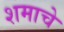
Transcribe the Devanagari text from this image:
शमाचे